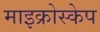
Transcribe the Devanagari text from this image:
माइक्रोस्केप